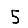
Digit: 5